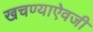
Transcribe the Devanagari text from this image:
खचण्याऐवजी